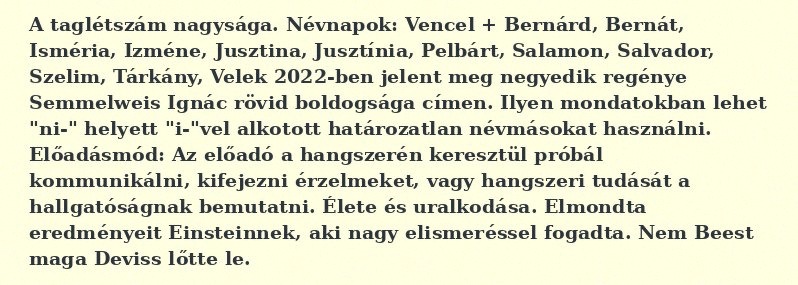
A taglétszám nagysága. Névnapok: Vencel + Bernárd, Bernát, Isméria, Izméne, Jusztina, Jusztínia, Pelbárt, Salamon, Salvador, Szelim, Tárkány, Velek 2022-ben jelent meg negyedik regénye Semmelweis Ignác rövid boldogsága címen. Ilyen mondatokban lehet "ni-" helyett "i-"vel alkotott határozatlan névmásokat használni. Előadásmód: Az előadó a hangszerén keresztül próbál kommunikálni, kifejezni érzelmeket, vagy hangszeri tudását a hallgatóságnak bemutatni. Élete és uralkodása. Elmondta eredményeit Einsteinnek, aki nagy elismeréssel fogadta. Nem Beest maga Deviss lőtte le.